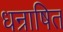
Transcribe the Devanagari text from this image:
धन्राषित